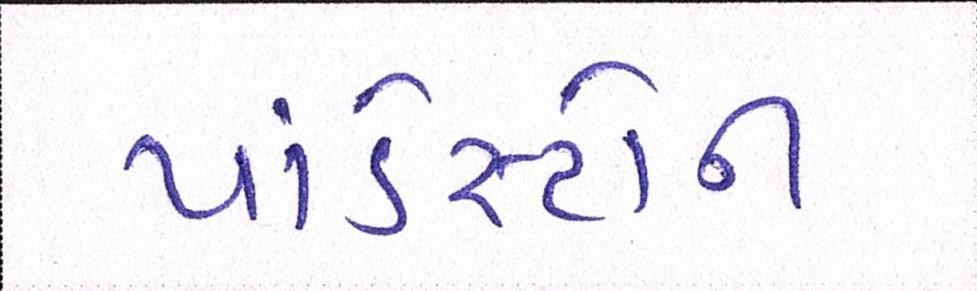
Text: પાંડેસ્ટોન